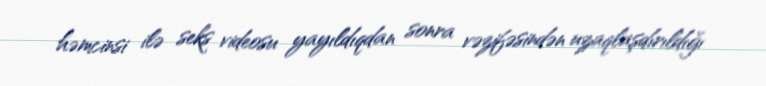
həmcinsi ilə seks videosu yayıldıqdan sonra vəzifəsindən uzaqlaşdırıldığı